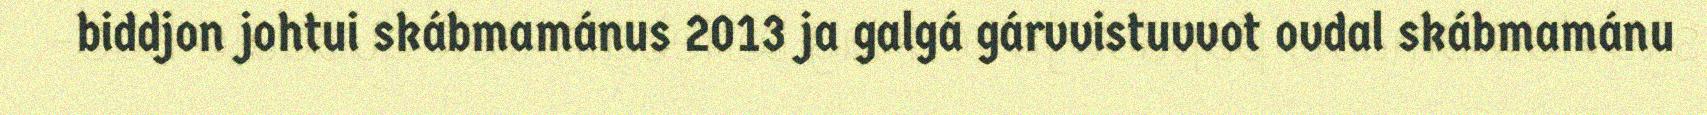
biddjon johtui skábmamánus 2013 ja galgá gárvvistuvvot ovdal skábmamánu